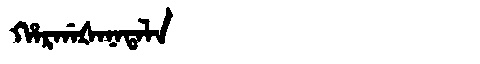
Manchu: ᡥᠠᡵᡤᠠᡧᠠᠨᠠᡨᠠᠯᠠ
Romanization: HARGAŠANATALA